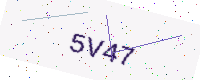
Text: 5V47